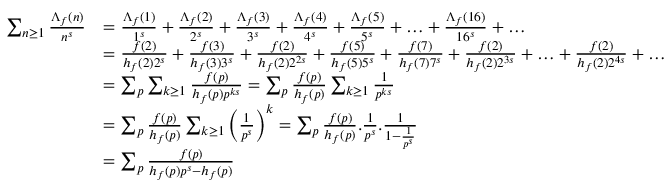
\begin{array} { r l } { \sum _ { n \geq 1 } \frac { \Lambda _ { f } ( n ) } { n ^ { s } } } & { = \frac { \Lambda _ { f } ( 1 ) } { 1 ^ { s } } + \frac { \Lambda _ { f } ( 2 ) } { 2 ^ { s } } + \frac { \Lambda _ { f } ( 3 ) } { 3 ^ { s } } + \frac { \Lambda _ { f } ( 4 ) } { 4 ^ { s } } + \frac { \Lambda _ { f } ( 5 ) } { 5 ^ { s } } + \ldots + \frac { \Lambda _ { f } ( 1 6 ) } { 1 6 ^ { s } } + \ldots } \\ & { = \frac { f ( 2 ) } { h _ { f } ( 2 ) 2 ^ { s } } + \frac { f ( 3 ) } { h _ { f } ( 3 ) 3 ^ { s } } + \frac { f ( 2 ) } { h _ { f } ( 2 ) 2 ^ { 2 s } } + \frac { f ( 5 ) } { h _ { f } ( 5 ) 5 ^ { s } } + \frac { f ( 7 ) } { h _ { f } ( 7 ) 7 ^ { s } } + \frac { f ( 2 ) } { h _ { f } ( 2 ) 2 ^ { 3 s } } + \ldots + \frac { f ( 2 ) } { h _ { f } ( 2 ) 2 ^ { 4 s } } + \ldots } \\ & { = \sum _ { p } \sum _ { k \geq 1 } \frac { f ( p ) } { h _ { f } ( p ) p ^ { k s } } = \sum _ { p } \frac { f ( p ) } { h _ { f } ( p ) } \sum _ { k \geq 1 } \frac { 1 } { p ^ { k s } } } \\ & { = \sum _ { p } \frac { f ( p ) } { h _ { f } ( p ) } \sum _ { k \geq 1 } \bigg ( \frac { 1 } { p ^ { s } } \bigg ) ^ { k } = \sum _ { p } \frac { f ( p ) } { h _ { f } ( p ) } . \frac { 1 } { p ^ { s } } . \frac { 1 } { 1 - \frac { 1 } { p ^ { s } } } } \\ & { = \sum _ { p } \frac { f ( p ) } { h _ { f } ( p ) p ^ { s } - h _ { f } ( p ) } } \end{array}